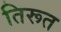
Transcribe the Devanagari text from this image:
तिरूत